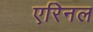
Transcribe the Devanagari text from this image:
एरिनल